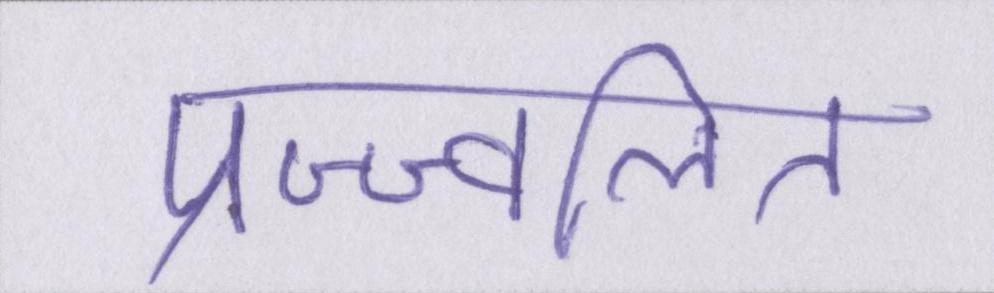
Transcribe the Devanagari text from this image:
प्रज्ज्वलित